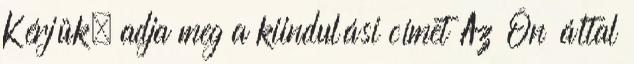
Kérjük, adja meg a kiindulási címet Az Ön által